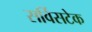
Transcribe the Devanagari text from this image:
सर्विसटेक